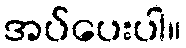
အပ်ပေးပါ။